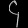
Digit: ၄